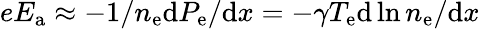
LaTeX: eE_{\mathrm{a}}\approx-{1}/{n_{\mathrm{e}}}{\mathrm{d}P_{\mathrm{e}}}/{\mathrm{d}x}=-\gamma T_{\mathrm{e}}{\mathrm{d}\ln n_{\mathrm{e}}}/{\mathrm{d}x}